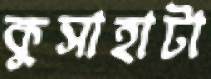
কুসাহাটা